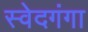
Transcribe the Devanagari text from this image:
स्वेदगंगा